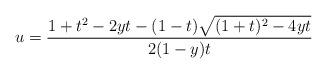
LaTeX: \begin{align*}u=\frac{1+t^{2}-2yt-(1-t)\sqrt{(1+t)^{2}-4yt}}{2(1-y)t}\end{align*}